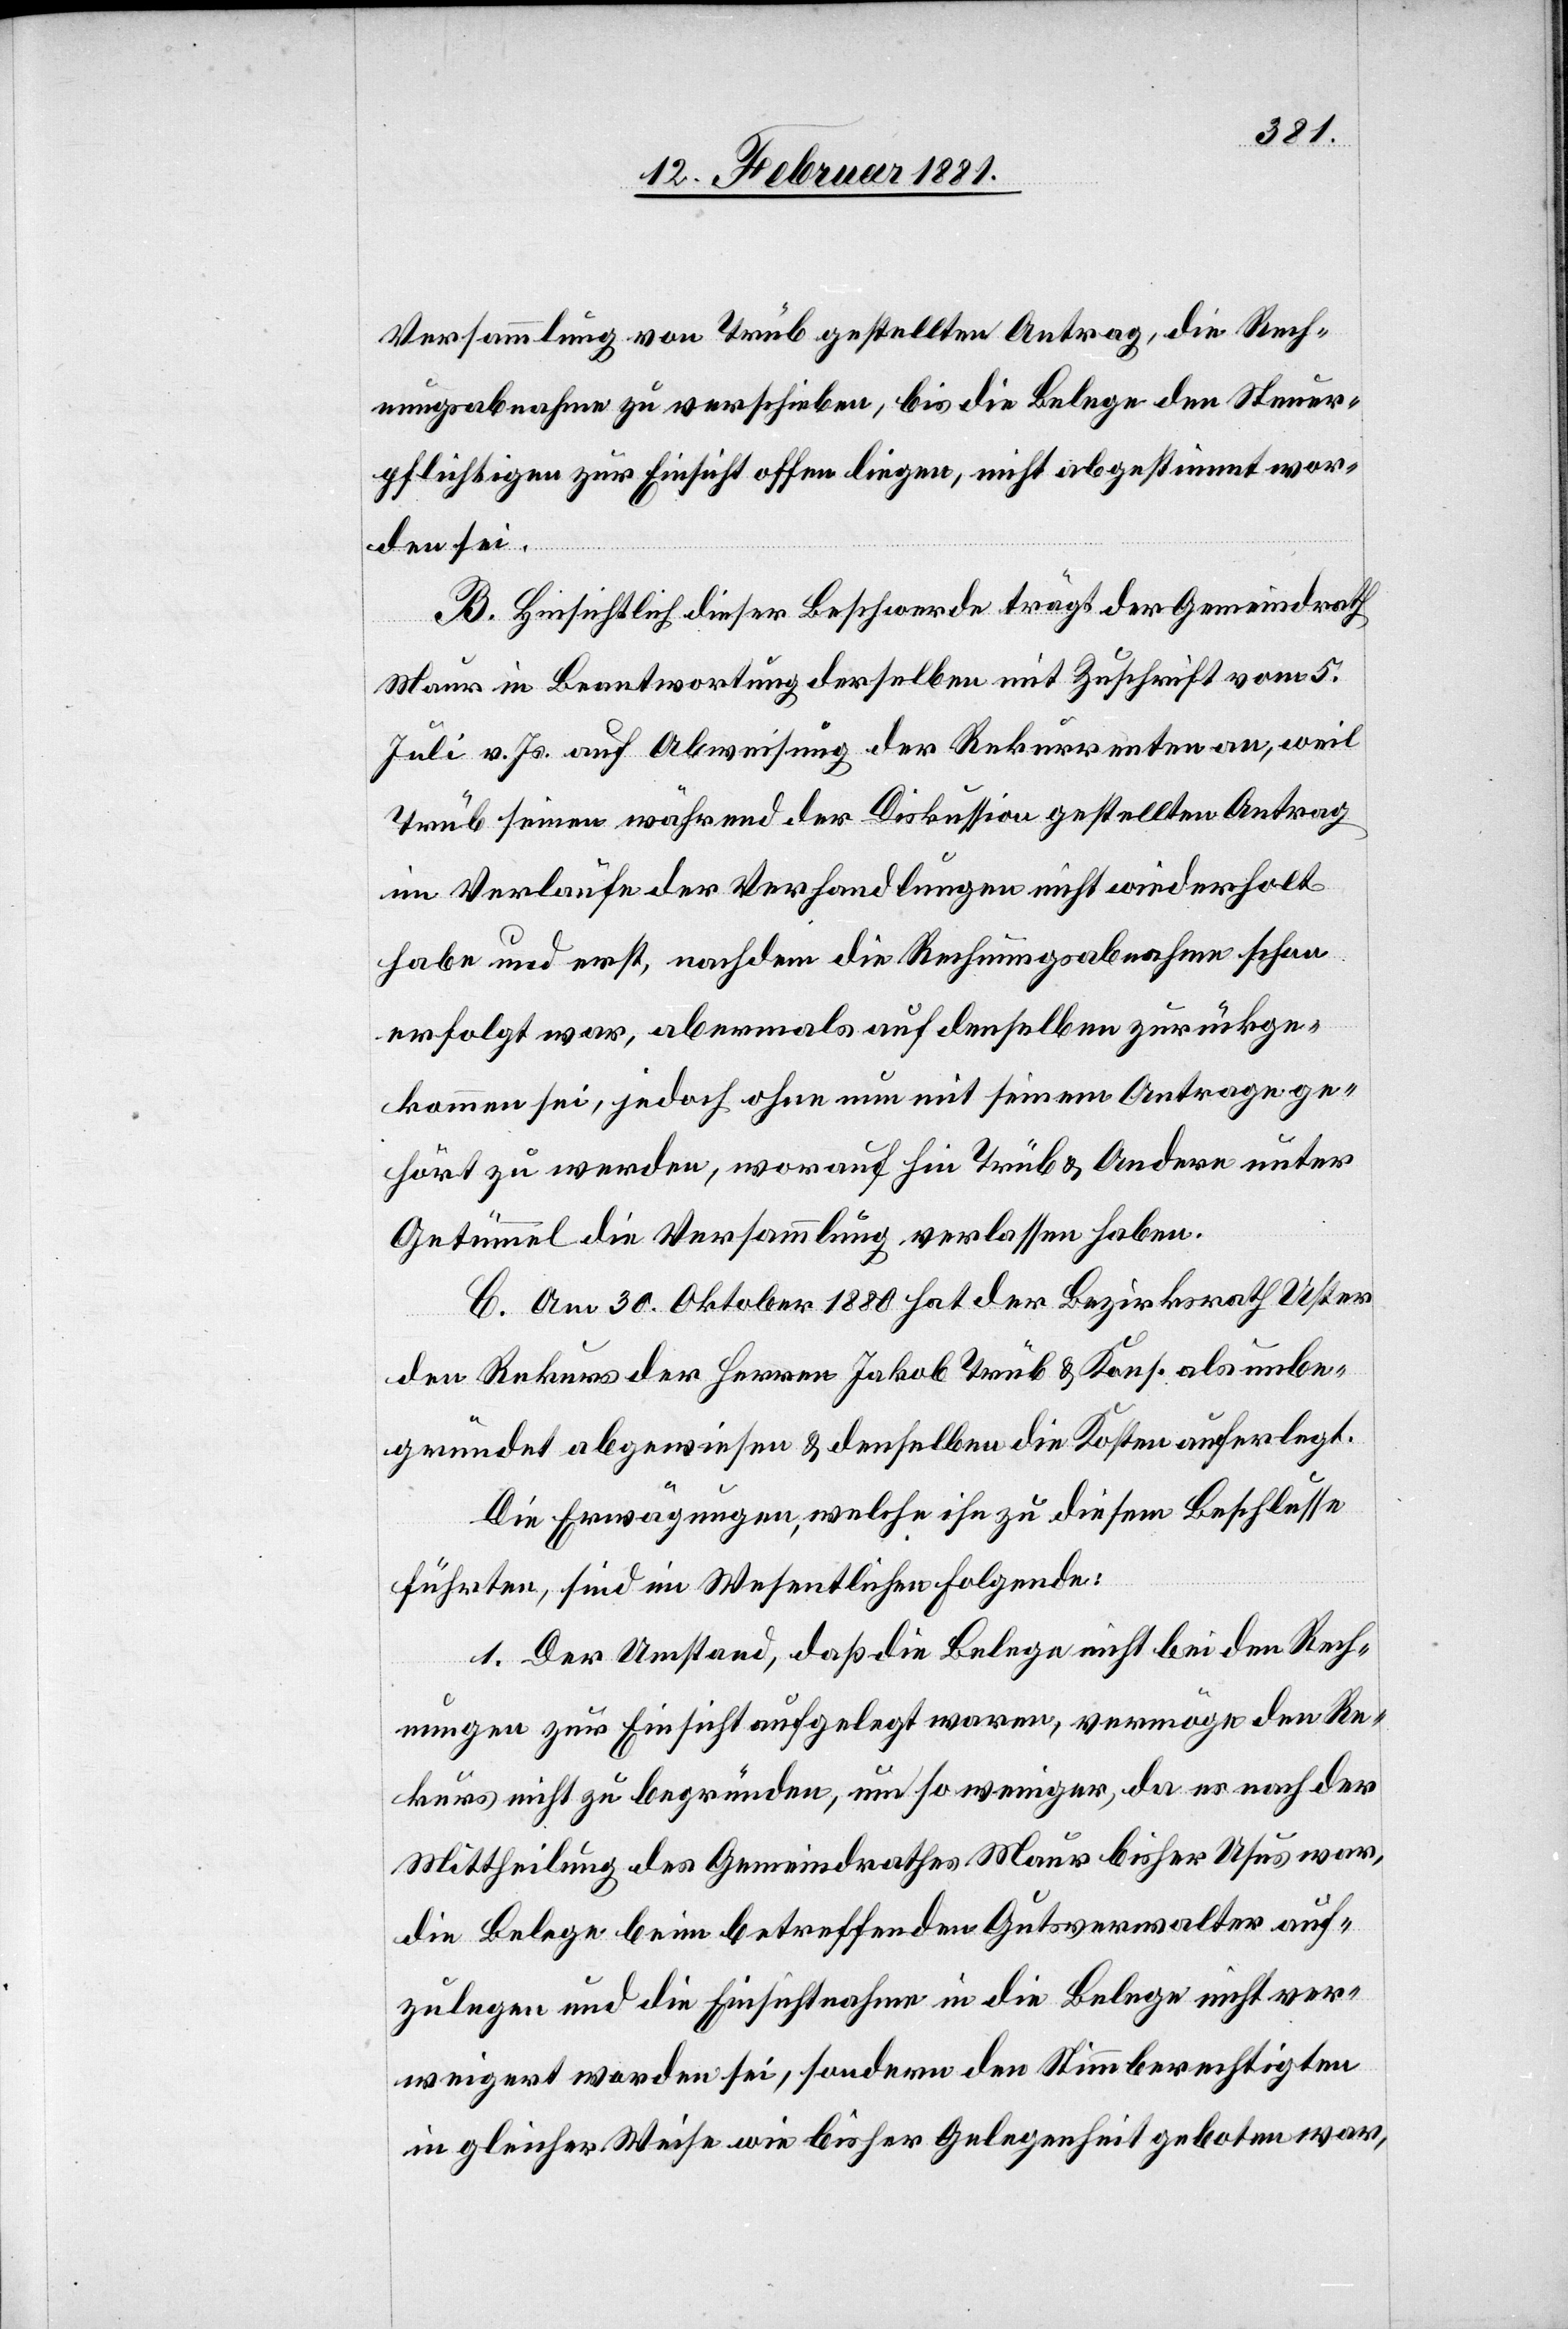
Versammlung von Trüb gestellten Antrag, die Rech¬
nungsabnahme zu verschieben, bis die Belege den Stimm¬
pflichtigen zur Einsicht offen liegen, nicht abgestimmt wor¬
den sei.
B. Hinsichtlich dieser Beschwerde trägt der Gemeindrath
Maur in Beantwortung derselben mit Zuschrift vom 5.
Juli v. Js. auf Abweisung der Rekurrenten an, weil
Trüb seinen während der Diskussion gestellten Antrag
im Verlaufe der Verhandlungen nicht wiederholt
habe und erst, nachdem die Rechnungsabnahme schon
erfolgt war, abermals auf denselben zurückge¬
kommen sei, jedoch ohne nun mit seinem Antrage ge¬
hört zu werden, worauf hin Trüb & Andere unter
Getümmel die Versammlung verlassen haben.
C. Am 30. Oktober 1880 hat der Bezirksrath Uster
den Rekurs der Herren Jakob Trüb & Kons. als unbe¬
gründet abgewiesen & denselben die Kosten auferlegt.
Die Erwägungen, welche ihn zu diesem Beschlusse
führten, sind im Wesentlichen folgende:
1. Der Umstand, daß die Belege nicht bei den Rech¬
nungen zur Einsicht aufgelegt waren, vermöge den Re¬
kurs nicht zu begründen, um so weniger, da es nach der
Mittheilung des Gemeindrathes Maur bisher Usus war,
die Belege beim betreffenden Gutsverwalter auf¬
zulegen und die Einsichtnahme in die Belege nicht ver¬
weigert worden sei, sondern den Stimmberechtigen
in gleicher Weise wie bisher Gelegenheit geboten war,